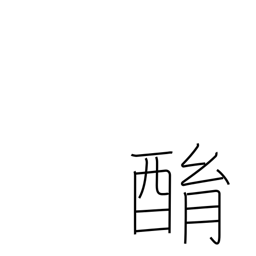
Meaning: drunken babbling